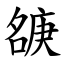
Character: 㗮